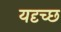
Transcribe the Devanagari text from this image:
यदृच्छ